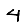
Digit: 4